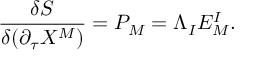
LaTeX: { \frac { \delta S } { \delta ( \partial _ { \tau } X ^ { M } ) } } = P _ { M } = \Lambda _ { I } E _ { M } ^ { I } .